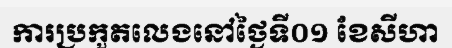
ការប្រកួតលេងនៅថ្ងៃទី០១ ខែសីហា